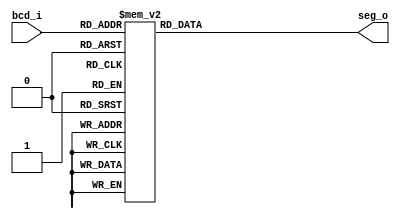
module dec7seg
(
bcd_i,
seg_o
);


localparam BCD_SIZE = 4;
localparam SEG_SIZE = 7;

input wire [BCD_SIZE - 1:0] bcd_i;
output reg [SEG_SIZE - 1:0] seg_o;


always @(bcd_i) begin

	case (bcd_i)
		4'h0 : seg_o = ~7'b011_1111;
		4'h1 : seg_o = ~7'b000_0110;
		4'h2 : seg_o = ~7'b110_1101;
		4'h3 : seg_o = ~7'b111_1001;
		4'h4 : seg_o = ~7'b011_0011;
		4'h5 : seg_o = ~7'b110_1101;
		4'h6 : seg_o = ~7'b111_1101;
		4'h7 : seg_o = ~7'b000_0111;
		4'h8 : seg_o = ~7'b111_1111;
		4'h9 : seg_o = ~7'b111_1011;
		4'hA : seg_o = ~7'b111_0111;
		4'hB : seg_o = ~7'b001_1111;
		4'hC : seg_o = ~7'b100_1110;
		4'hD : seg_o = ~7'b011_1101;
		4'hE : seg_o = ~7'b100_1111;
		4'hF : seg_o = ~7'b100_0111;


	endcase	
	
	end


endmodule